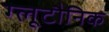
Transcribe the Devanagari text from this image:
ग्लूटौनिक